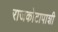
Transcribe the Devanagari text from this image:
राजकोटापाशी